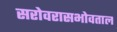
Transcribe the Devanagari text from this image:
सरोवरासभोवताल